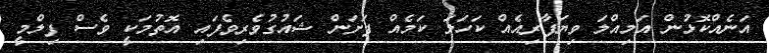
އަނެއްކޮޅުން އަމިއްލަ ވިޔަފާރިއެއް ކަހަލަ ކަމެއް ފަށަން ޝައުގުވެރިވެފައި އޮތުމަކީ ވެސް ފިލްމީ